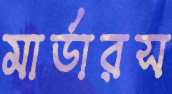
মার্ডারস